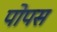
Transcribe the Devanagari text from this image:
पोपस